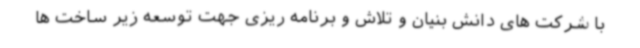
با شرکت های دانش بنیان و تلاش و برنامه ریزی جهت توسعه زیر ساخت ها